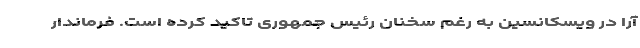
آرا در ویسکانسین به رغم سخنان رئیس جمهوری تاکید کرده است. فرماندار